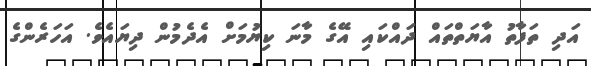
އަދި ތަފާތު އާޔަތްތައް ދައްކައި އޭގެ މާނަ ކިޔުމަށް އެދެމުން ދިޔައެވެ. އަހަރެންގެ